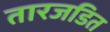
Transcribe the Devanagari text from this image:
तारजडित